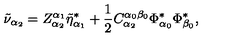
\tilde { \nu } _ { \alpha _ { 2 } } = Z _ { \alpha _ { 2 } } ^ { \alpha _ { 1 } } \tilde { \eta } _ { \alpha _ { 1 } } ^ { * } + \frac 1 2 C _ { \alpha _ { 2 } } ^ { \alpha _ { 0 } \beta _ { 0 } } \Phi _ { \alpha _ { 0 } } ^ { * } \Phi _ { \beta _ { 0 } } ^ { * } ,